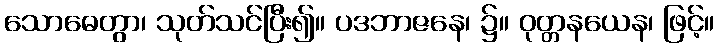
သောဓေတွာ၊ သုတ်သင်ပြီး၍။ ပဒဘာဇနေ၊ ၌။ ဝုတ္တနယေန၊ ဖြင့်။